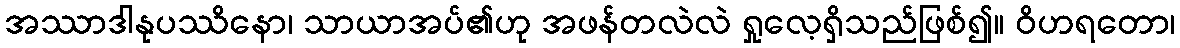
အဿာဒါနုပဿိနော၊ သာယာအပ်၏ဟု အဖန်တလဲလဲ ရှုလေ့ရှိသည်ဖြစ်၍။ ဝိဟရတော၊